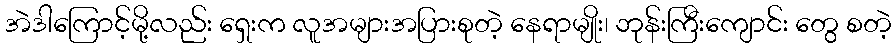
အဲဒါကြောင့်မို့လည်း ရှေးက လူအများအပြားစုတဲ့ နေရာမျိုး၊ ဘုန်းကြီးကျောင်း တွေ စတဲ့